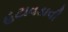
હટાવડાવી